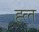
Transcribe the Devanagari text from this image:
ह्ल